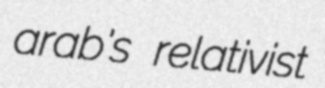
arab's relativist